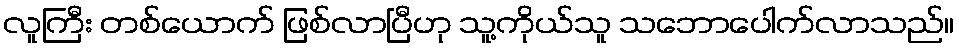
လူကြီး တစ်ယောက် ဖြစ်လာပြီဟု သူ့ကိုယ်သူ သဘောပေါက်လာသည်။